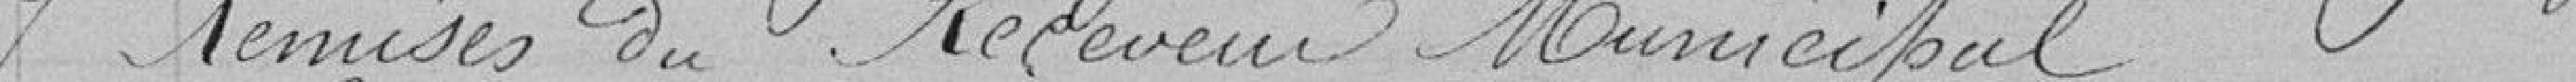
7 - Remises du Receveur Municipal